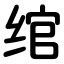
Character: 绾